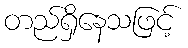
တည်ရှိနေသဖြင့်